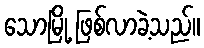
သောမြို့ ဖြစ်လာခဲ့သည်။